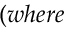
( w h e r e